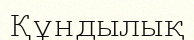
Құндылық